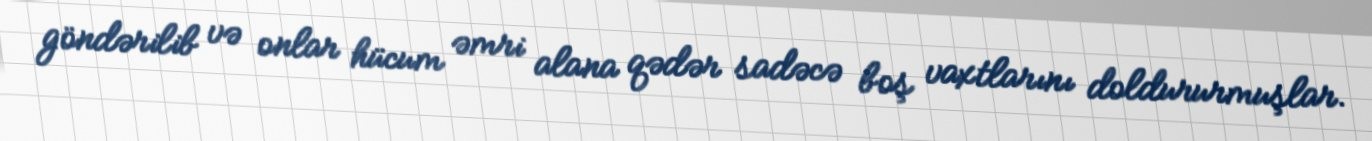
göndərilib və onlar hücum əmri alana qədər sadəcə boş vaxtlarını doldururmuşlar.